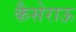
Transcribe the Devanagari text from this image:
कैसेराऊ